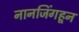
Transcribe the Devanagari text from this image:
नानजिंगहून